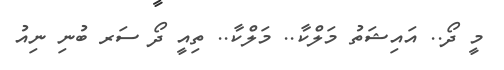
މީ ދޯ.. އައިޝަތު މަލްކާ.. މަލްކާ.. ތިއީ ދޯ ސަރ ބުނި ނިއު